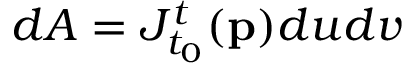
d A = J _ { t _ { 0 } } ^ { t } ( \mathbf { p } ) d u d v